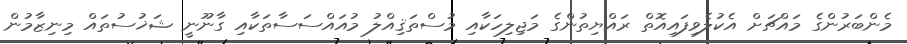
މެންބަރުންގެ މައްޗަށް އެކުލެވިފައިއޮތް ރައްޔިތުންގެ މަޖިލިހަކާއި މުސްތަޤިއްލު މުއައްސަސާތަކާއި ގާނޫނީ ޝަޚުސުތައް މިނިޒާމުން